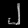
Digit: ၂